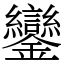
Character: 鑾